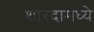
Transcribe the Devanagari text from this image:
शारदामध्ये